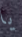
يا